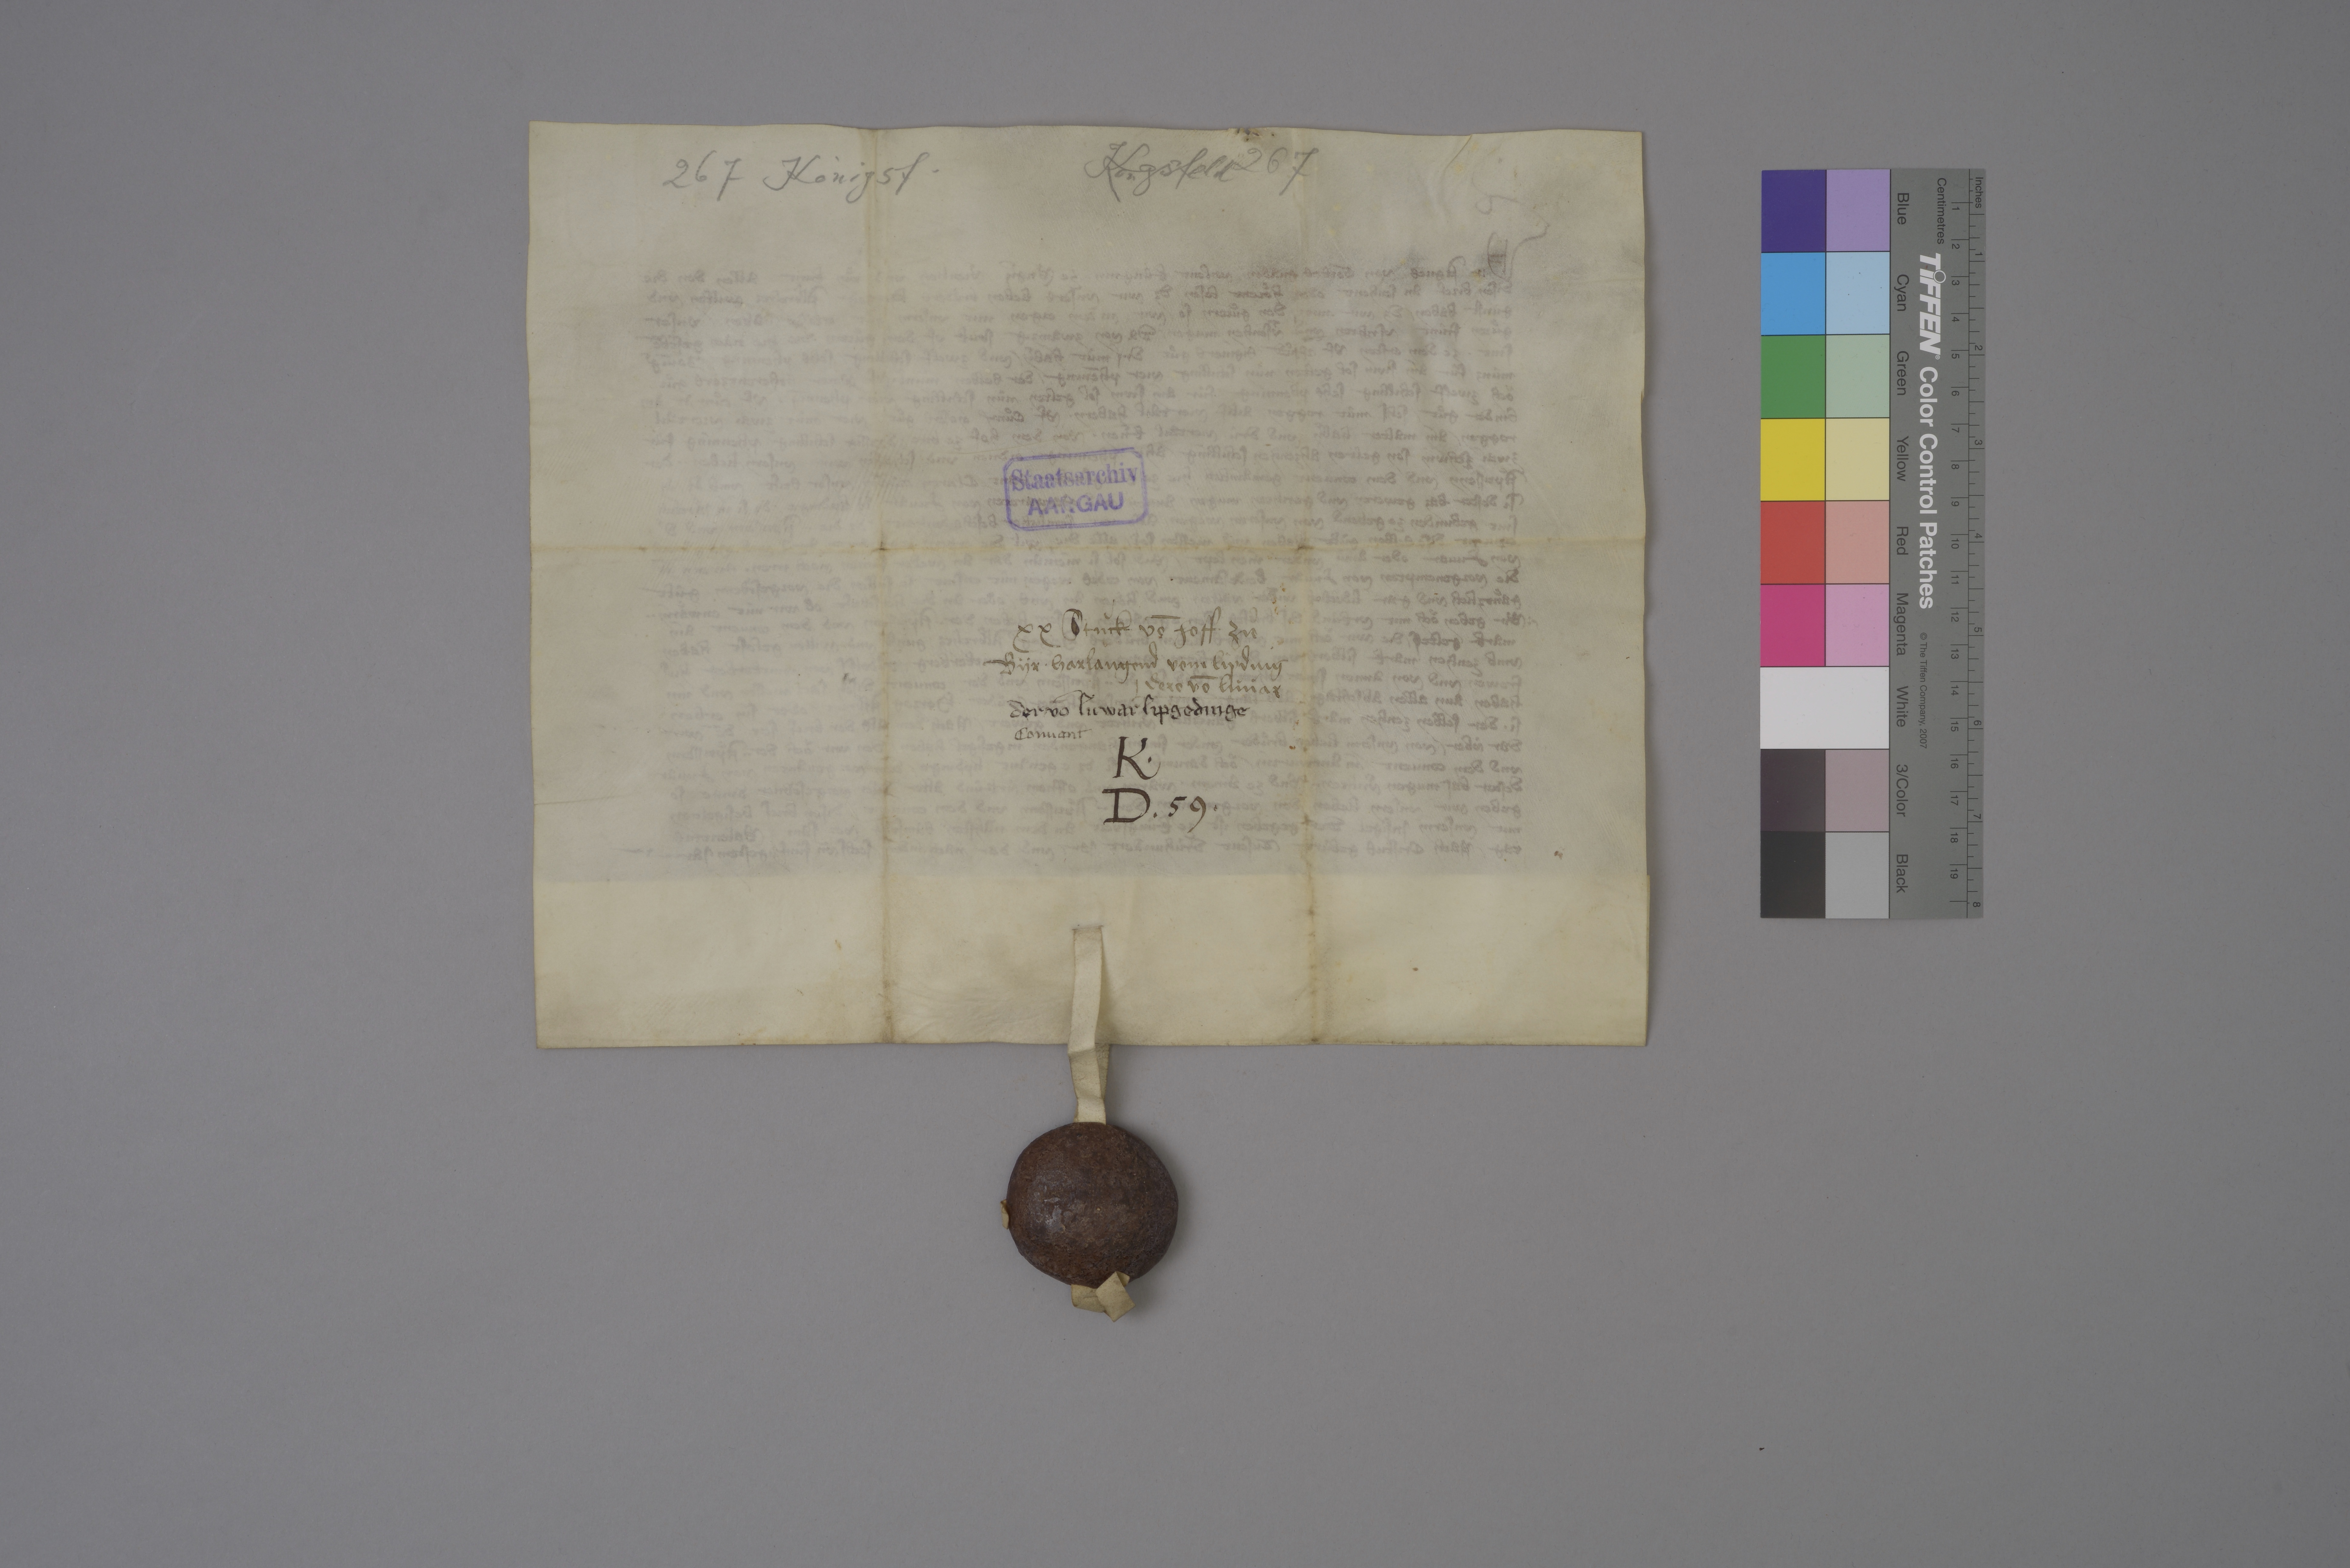
Transcription:
Kongsfeld 267

267 Königsf.

Staatsarchiv
AARGAU

xx stùck vō hoff zuͦ
Byr ✳ harlangend vom lipding
✳ dero vō Lùùar

der vō Lùwar lipgedinge

convent

K ✳
D ✳ 59 ✳